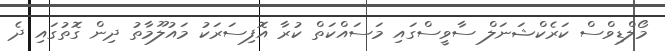
މޯލްޑިވްސް ކަރެކްޝަނަލް ސާވީސްގައި މަސައްކަތް ކުރާ އޮފިސަރަކު މައުލޫމާތު ދިން ގޮތުގައި ދެ